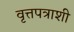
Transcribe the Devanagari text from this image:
वृत्तपत्राशी